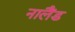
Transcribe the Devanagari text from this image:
नालैंड